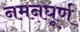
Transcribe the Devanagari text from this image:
नमनघूर्ण